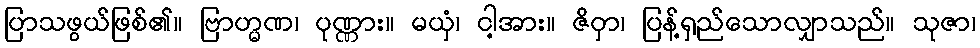
ပြာသဖွယ်ဖြစ်၏။ ဗြာဟ္မဏ၊ ပုဏ္ဏား။ မယှံ၊ ငါ့အား။ ဇိဝှာ၊ ပြန့်ရှည်သောလျှာသည်။ သုဇာ၊